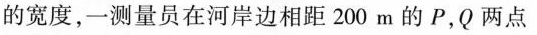
的宽度，一测量员在河岸边相距200m的P，Q两点